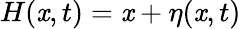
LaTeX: H(\mathit{x},t)=\mathit{x}+\eta(\mathit{x},t)